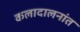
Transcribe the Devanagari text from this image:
कलादालनांत